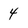
Character: 4